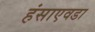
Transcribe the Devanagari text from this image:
हंसाएवडा